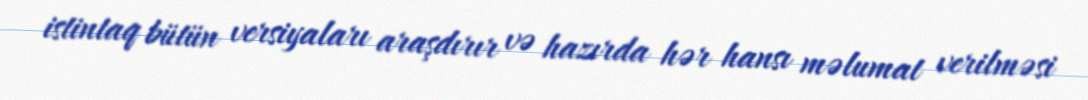
istintaq bütün versiyaları araşdırır və hazırda hər hansı məlumat verilməsi